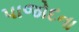
પાજોદના